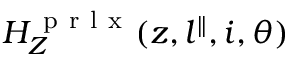
H _ { Z } ^ { \mathrm { ~ p ~ r ~ l ~ x ~ } } ( z , l ^ { \parallel } , i , \theta )